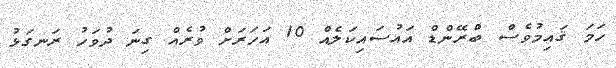
ހަމަ ޤައިމުވެސް ބްރޭންޑް އައުސައިކަލެއް 10 އަހަރަށް ވުރެއް ގިނަ ދުވަހު ރަނގަޅު